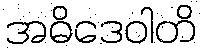
အဓိဒေဝါတိ